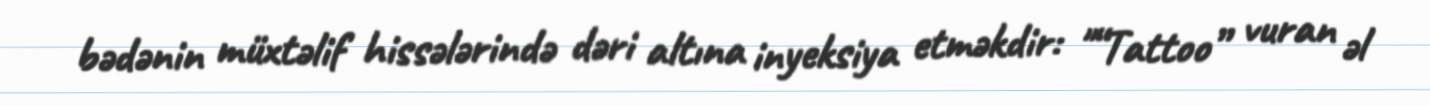
bədənin müxtəlif hissələrində dəri altına inyeksiya etməkdir: "“Tattoo” vuran əl